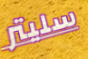
سليتر